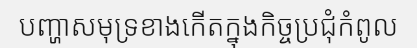
បញ្ហាសមុទ្រខាងកើតក្នុងកិច្ចប្រជុំកំពូល